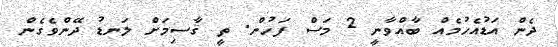
ދެން އަޑުއެހުމެއް ބާއްވާނީ 2 މަސް ފަހުން. ތީ ޤާސިމަށް ލަނޑު ދޭންވެގެން